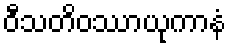
ဝီသတိဝဿာယုကာနံ